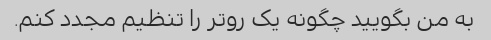
به من بگویید چگونه یک روتر را تنظیم مجدد کنم.